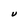
Character: U